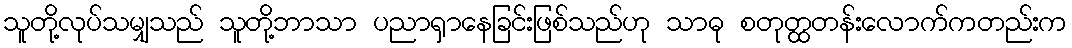
သူတို့လုပ်သမျှသည် သူတို့ဘာသာ ပညာရှာနေခြင်းဖြစ်သည်ဟု သာဓု စတုတ္ထတန်းလောက်ကတည်းက